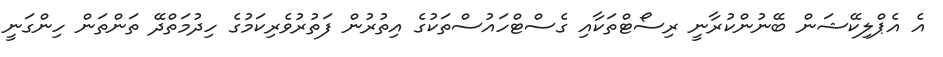
އެ އެޕްލިކޭޝަން ބޭނުންކުރާނީ ރިސޯޓްތަކާއި ގެސްޓްހައުސްތަކުގެ އިތުރުން ފަތުރުވެރިކަމުގެ ހިދުމަތްދޭ ތަންތަން ހިންގަނީ